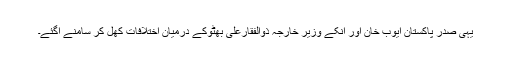
یہی صدرِ پاکستان ایوب خان اور انکے وزیر خارجہ ذوالفقارعلی بھٹوکے درمیان اختلافات کھل کر سامنے آگئے۔